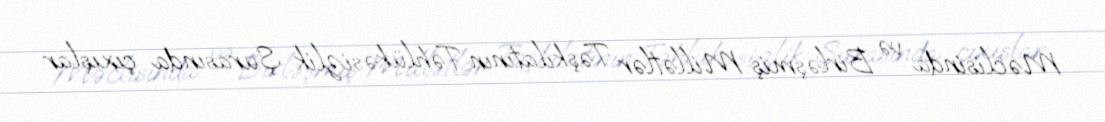
Məclisinda və Birləşmiş Millətlər Təşkilatının Təhlükəsizlik Şurasında çıxışlar